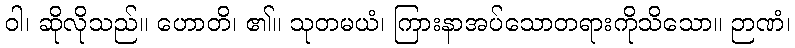
ဝါ၊ ဆိုလိုသည်။ ဟောတိ၊ ၏။ သုတမယံ၊ ကြားနာအပ်သောတရားကိုသိသော။ ဉာဏံ၊